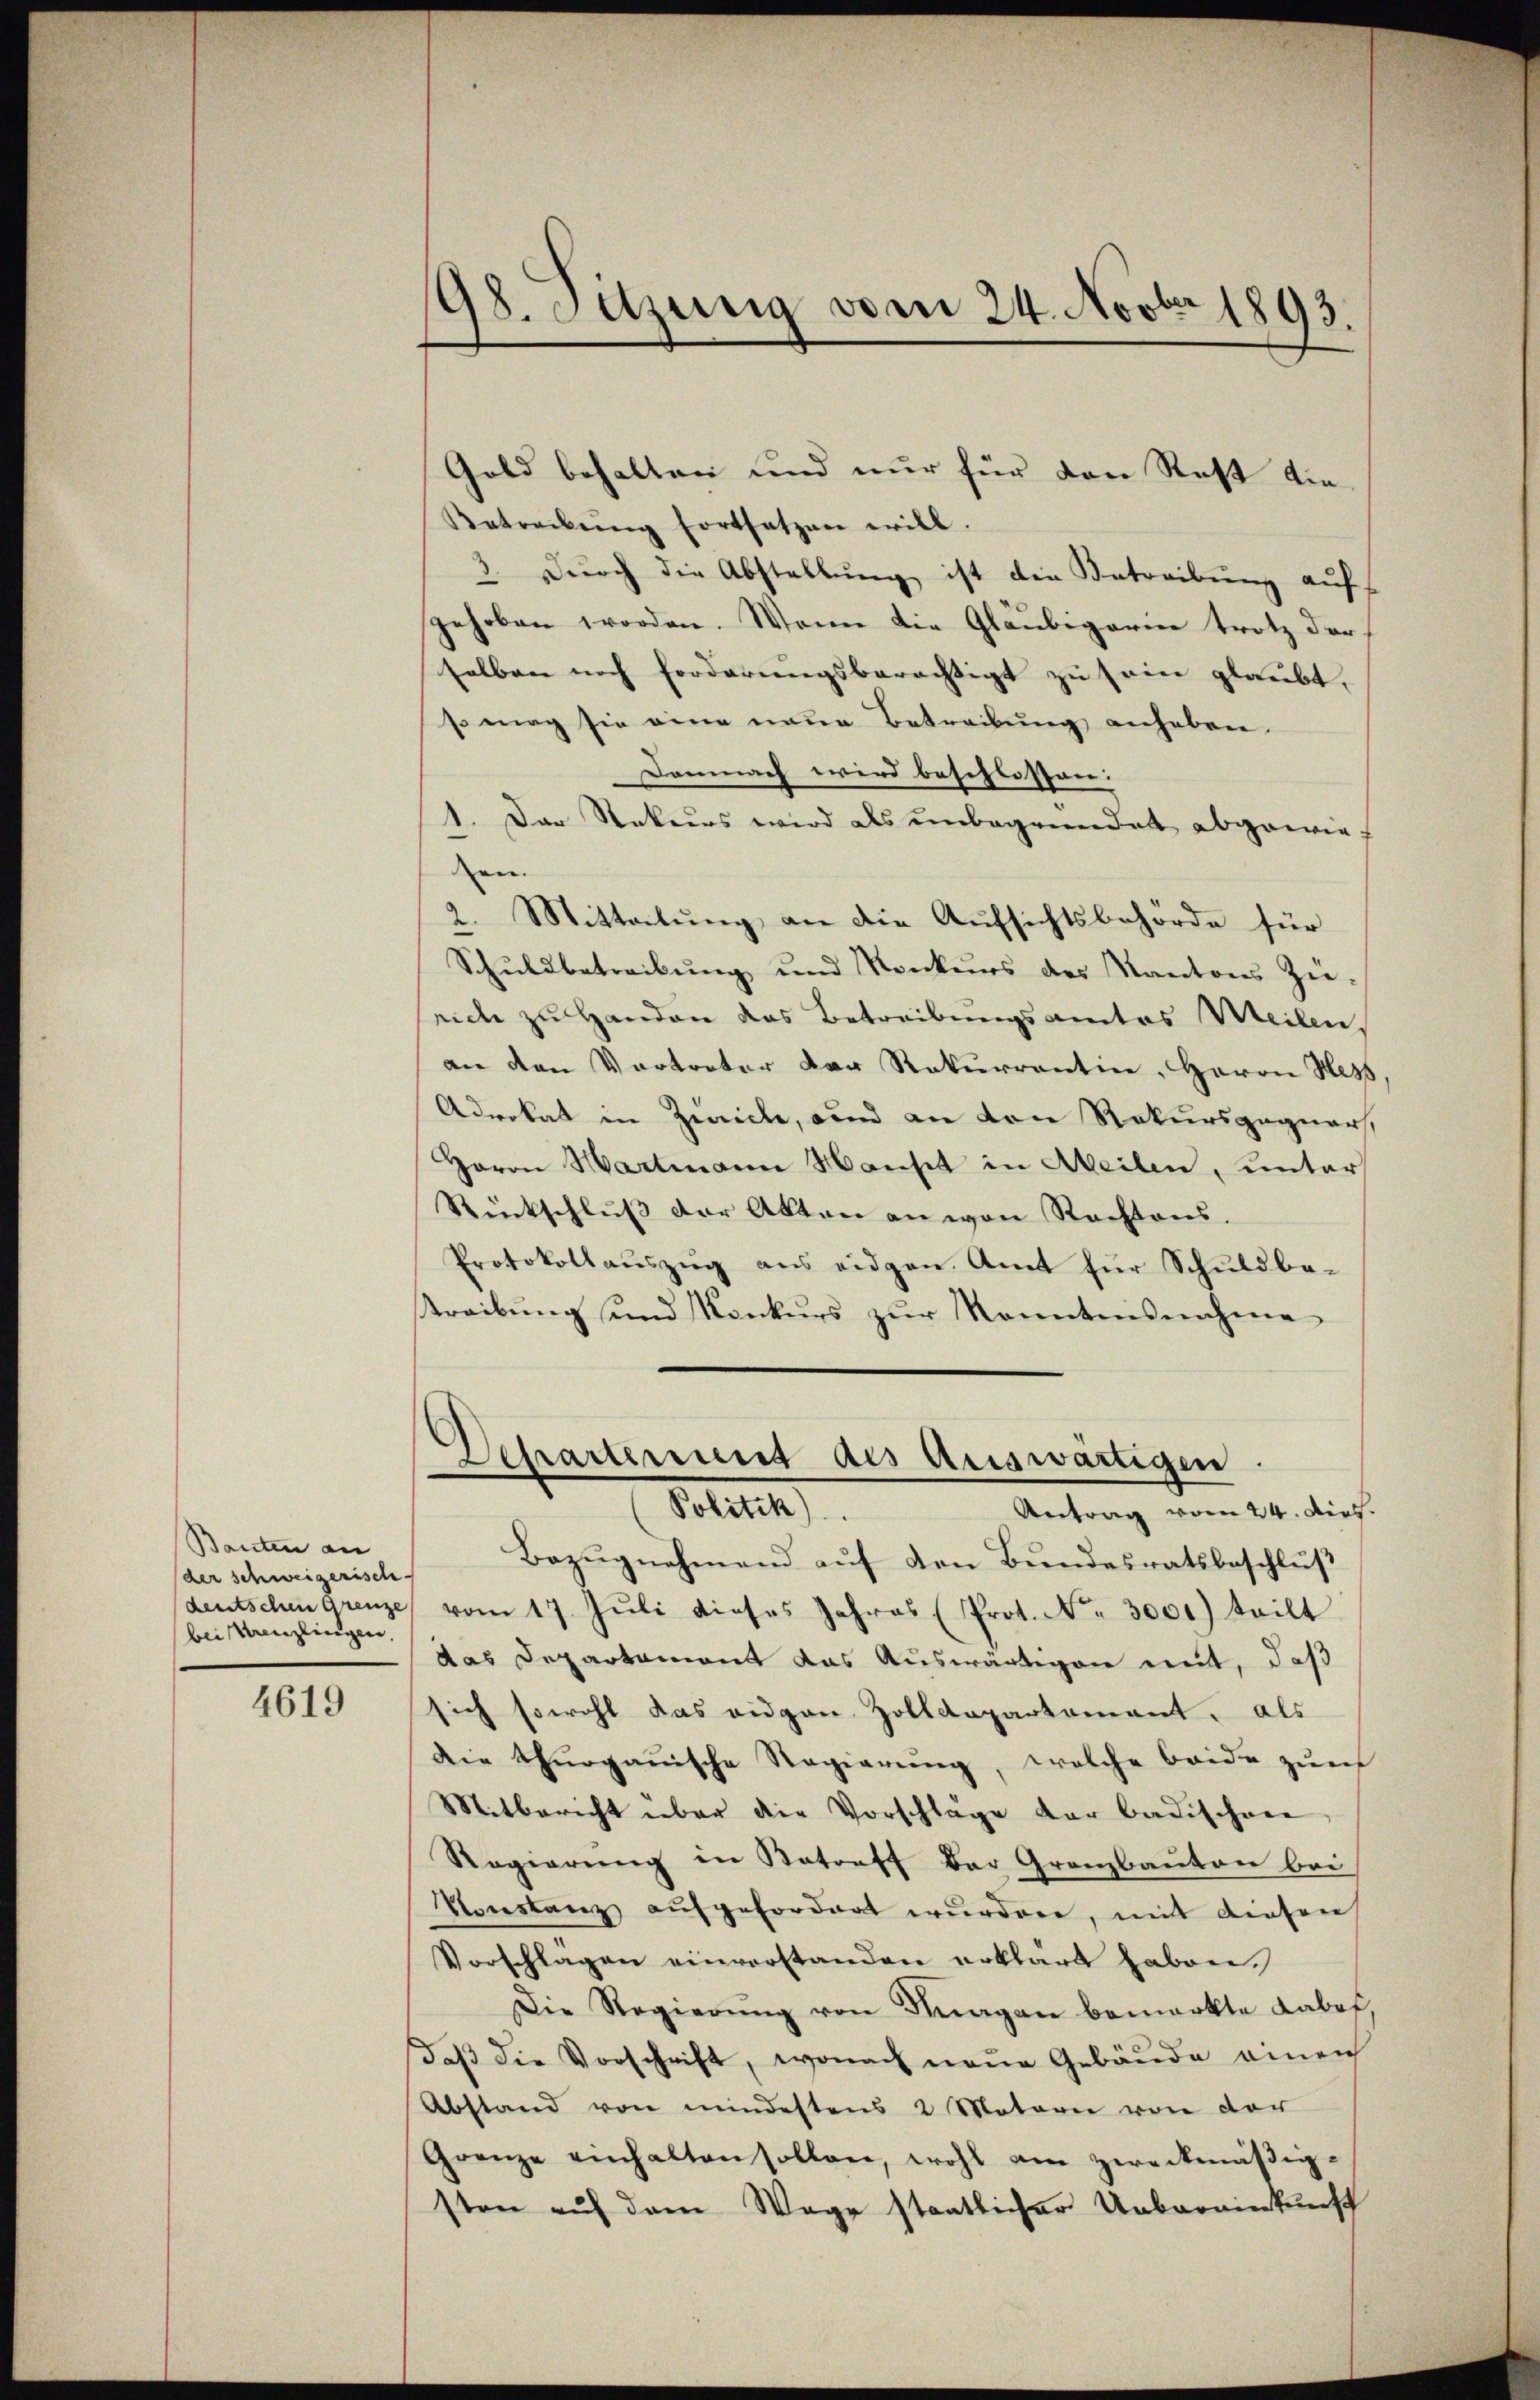
Bauten an
(der schweizerische
bei Kreuzlingen,

4619

198. Sitzung vom 24. Novber 1893.

Betreibŭng fortsetzen will.
3. Dŭrch die Abstallŭng ist die Betreibŭng auf
gehoben worden. Wenn die Gläubigerin trotz der
selben noch Forderungsberechtigt zu sein glaubt.
so mag sie eine neue Betreibung anhaben.
Demnach wird beschlossen:
1. Das Rekurs wird als unbegründet abgewieden
2. Mitteilung an die Aufsichtsbehörde für
Schuldbetreibung und Konkurs des Kantons Zünide zu Handen das Betreibungsamtes Meilen,
an den Vertreter der Rekurrentin, Herrn Hess.
Advokat in Zwicke, und an den Rekursgegner,
Herrn Hartmann Hansit in Meilen, unter
Rückschlŭβ der Akten an von Rechtens.
Protokollaŭszŭg ans eidgen. Amt für Schŭldba-
Streibŭng und Konkurs zŭr Kenntnisnahme
Departement des Auswärtigen.
Polten
Antrag vom 24. Dies
Bezŭgnehmend aŭf den Bundesratsbeschlŭβ
deutschen grenze vom 17. Jŭli dieses Jahres (Prot. Nr. 3001) teilt
das Departamont das Auswärtigen mit, daß
sich sowohl das eidgen Zolldepartement, als
Die Thŭrganische Regierŭng, welche beide zŭm
Mitbericht über die Vorschläge der badischen
Regierŭng in Rotreff der Granzbauten bei
Vonstanz aufgefordert wurden, mit diesen
Vorschlägen einverstanden erklärt haben.
Die Regierŭng von Dragan bemerkte Labes,
daβ die Vorschrift, wonach neue Gebäude einen
Abstand von mindestens 2 Motorn von der
Grenze einhalten sollen, wohl am zweckmäßigsten auf dem Wege staatlicher Uebereinkunft

Gold behalten und nur für den Rest die¬